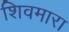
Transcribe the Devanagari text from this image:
शिवमारा